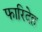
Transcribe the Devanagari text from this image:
फारिदेह